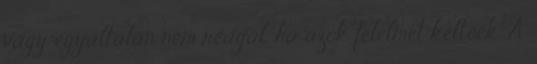
vagy egyáltalán nem reagál, ha azok félelmet keltőek. A